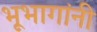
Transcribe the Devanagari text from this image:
भूभागांनी